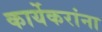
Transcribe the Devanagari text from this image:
कार्येकरांना